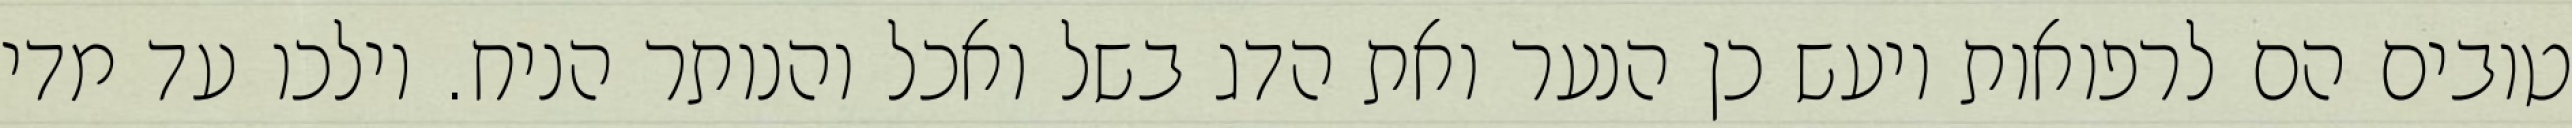
טובים הם לרפואות ויעש כן הנער ואת הדג בשל ואכל והנותר הניח. וילכו עד מדי